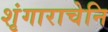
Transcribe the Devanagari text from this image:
शृंगाराचेनि